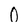
Character: 0